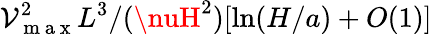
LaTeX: \mathcal{V}_{\mathrm{{~m~a~x~}}}^{2}L^{3}/(\nuH^{2})[\ln(H/a)+O(1)]